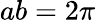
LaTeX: ab=2\pi